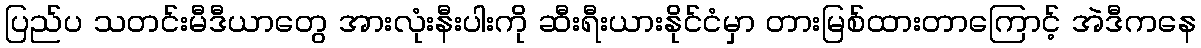
ပြည်ပ သတင်းမီဒီယာတွေ အားလုံးနီးပါးကို ဆီးရီးယားနိုင်ငံမှာ တားမြစ်ထားတာကြောင့် အဲဒီကနေ